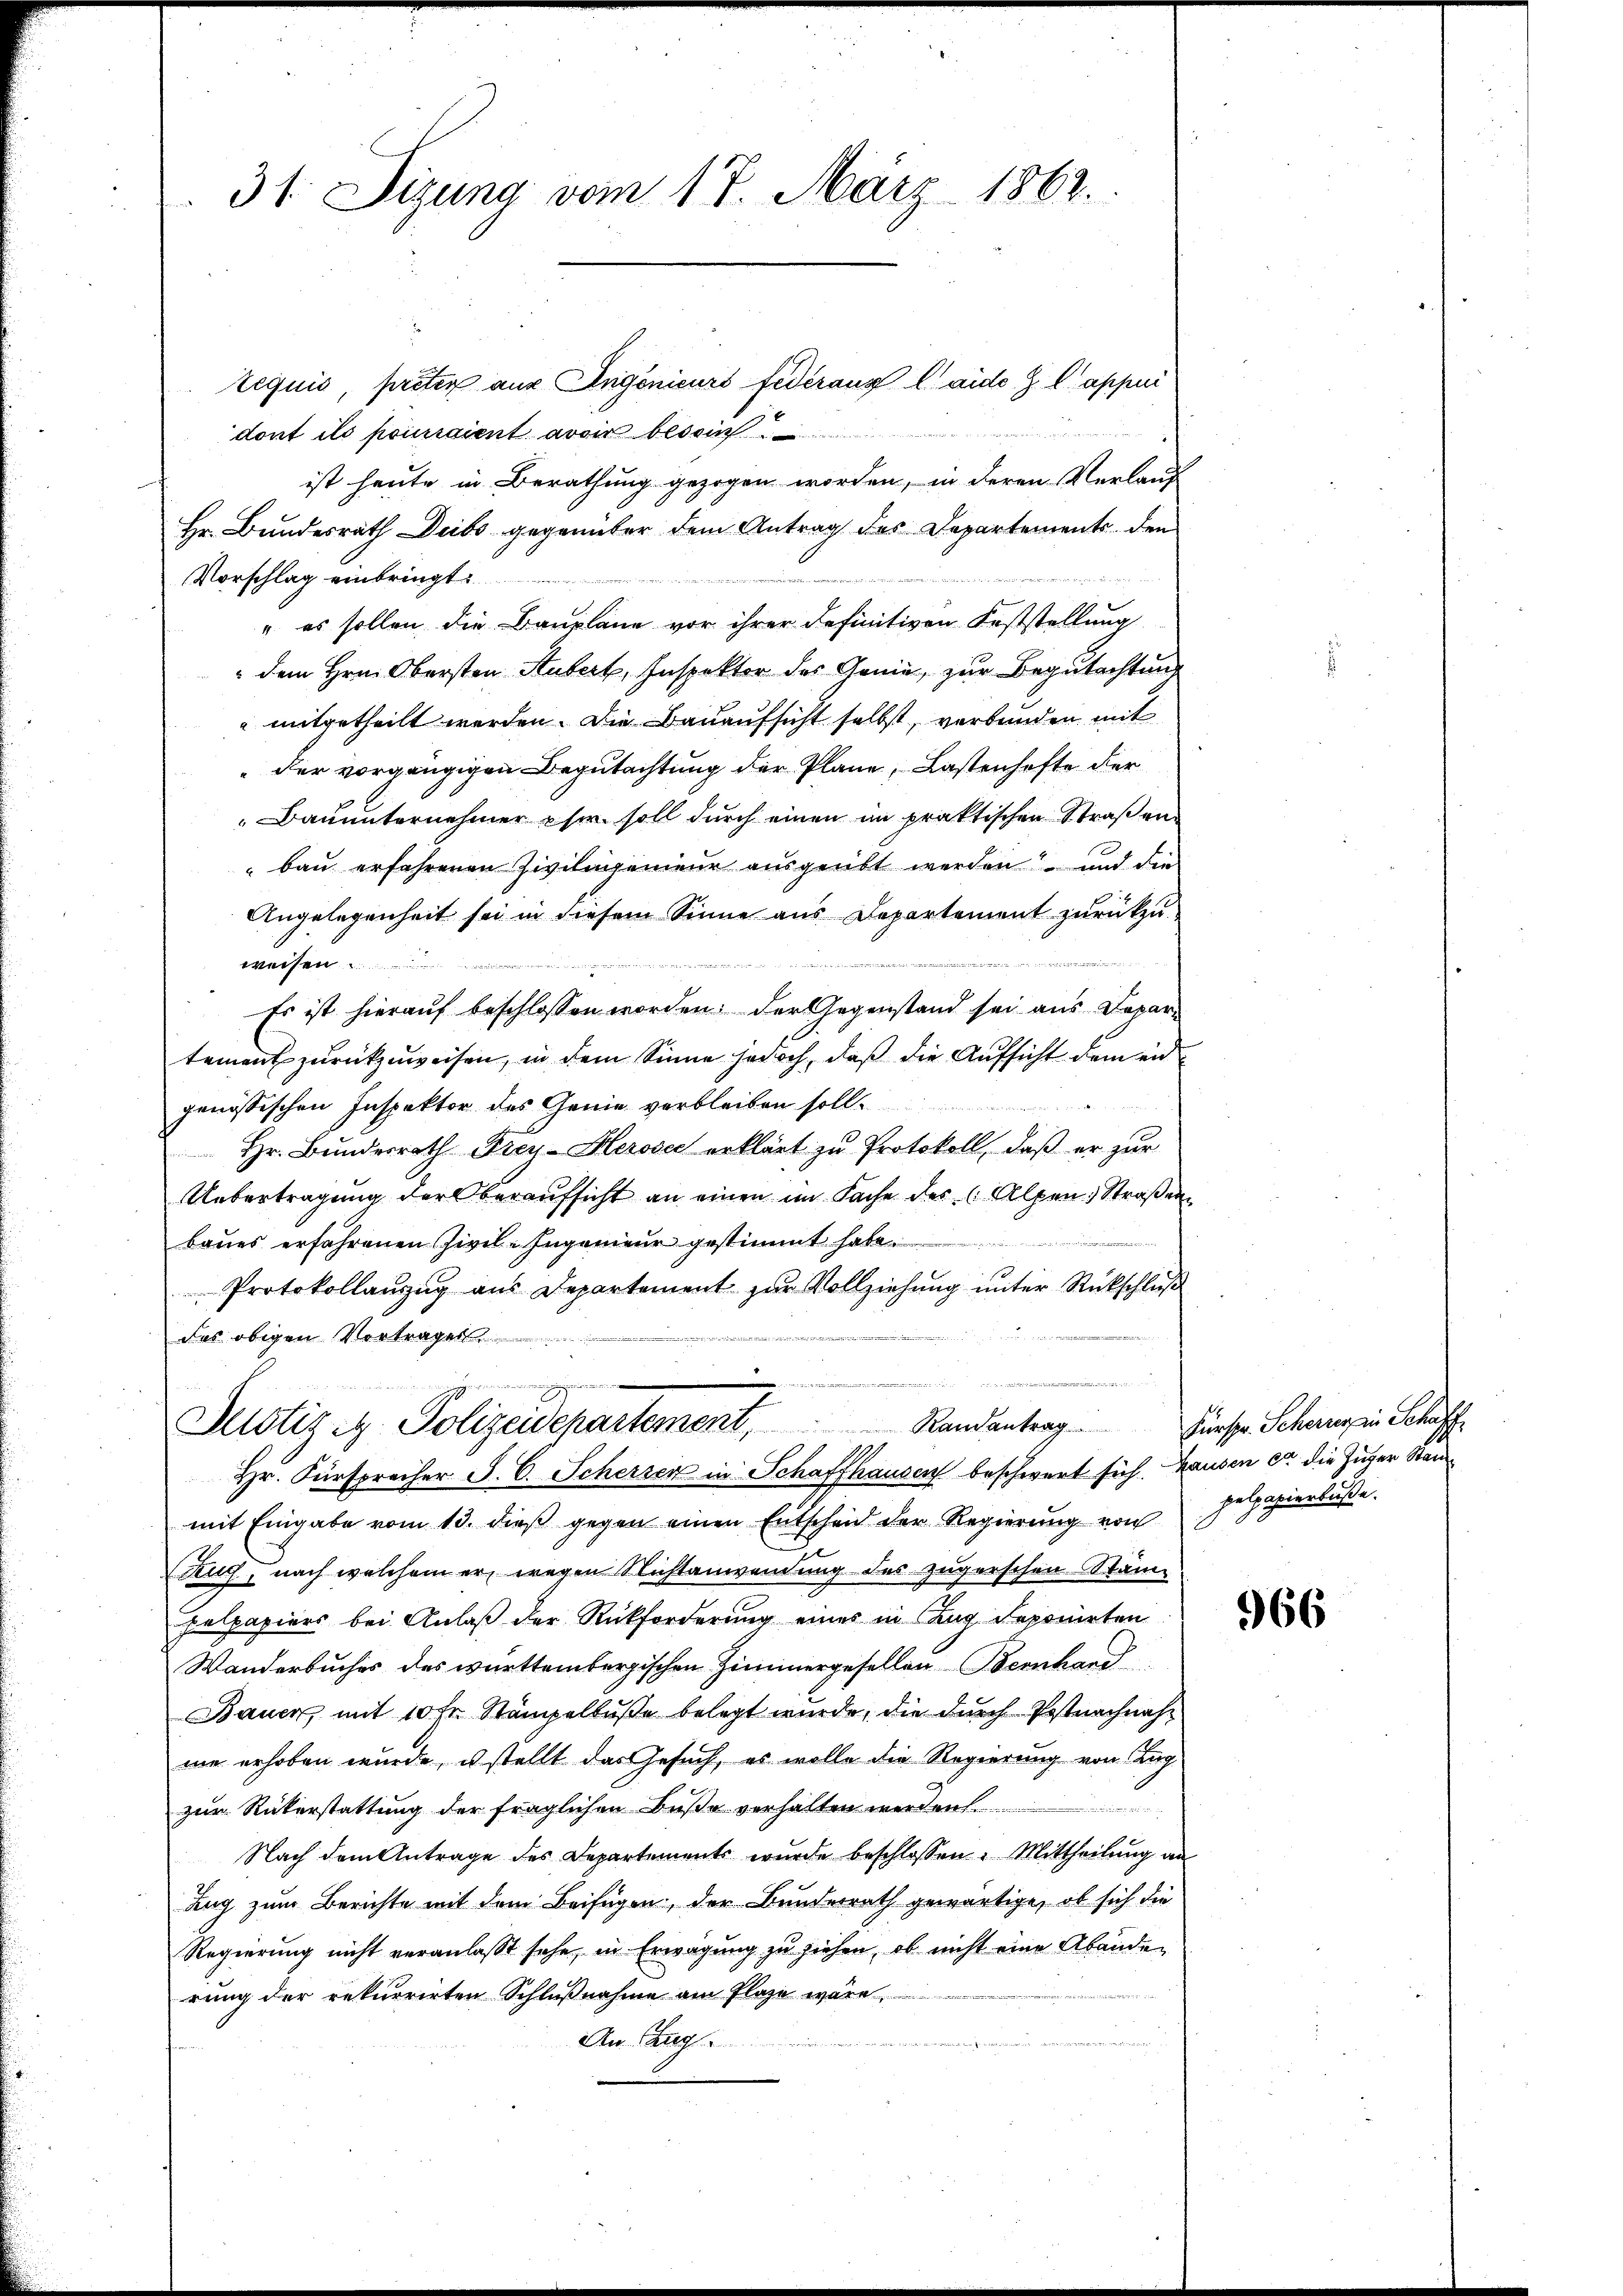
31. Sizung vom 18. März 1862.

tequis, preter aus Ingenieurs Federaus laide Z Cappui
dont ils pousaient avoir besoin
ist heute in Berathung gezogen worden, in deren Verlauf
Hr. Bundesrath Deibs gegenüber dem Antrag des Departements den

e
Vorschlag einbringt.
" es sollen die Baupläne vor ihrer definitiven Feststellung
" dem Hrn. Obersten Hubert, Inspektor des Genie, zur Begutachtung
" mitgetheilt werden. Die Bauaufsicht selbst, verbunden mit
"der vorgängigen Begutachtung der Plane, Lastenhafte der
Bauunternehmer eher soll durch einen im praktischen Straßenbau erfahrenen Zivilingenieur ausgeübt werden und die
Angelegenheit sei in diesem Sinne aus Departement zurückzu-
u
weisen u
Es ist hierauf beschlossen worden; der Gegenstand sei aus Departement zurückzuweisen, in dem Sinne jedoch, daß die Aufsicht dem eidgenössischen Inspektor des Genie verbleiben soll.

Hr. Bundesrath Fiey-Herosec erklärt zu Protokoll, daß er zur
Uebertragung der Oberaufsicht an einen im Sache des Alpen Straßen
baues erfahrenen Zivil-Ingenieur gestimmt habe.
Protokollanzug aus Departement zur Vollziehung unter Rückschließ
das obigen Vortrages

e
.
Justiz & Polizeidepartement, Randantrag. Fürspr. Schausein Schaff
Hr. Fürsprecher P. C. Scherzen in Schaffhausen beschwert sich. Hausen er die Zuger Stan

mit Eingabe vom 13. dieß gegen einen Entscheid der Regierŭng von Helpapierlaße.
Rug, nach welchem er, wegen Nichtanwendung des zugerschen Stäm-
pelpapiers bei Anlaß der Rückforderung eines in Zug deponirten
Wanderbuches des württembergischen Zimmergesellen Bernhard
Bauer mit 10 Fr. Stämpelbuße belegt wurde, die durch Postnachnahwie erhoben wurde, u stellt das Gesuch, es wolle die Regierung von Lag
zur Rükerstattung der fraglichen Buße verhalten werden.
Nach dem Antrage des Departements wurde beschlossen: Mittheilung an
Zug zum Berichte mit dem Beifügen, der Bundesrath gewärtige, ob sich die
Regierung nicht veranlaßt sehe, in Erwägung zu ziehen, ob nicht eine Abänden
rung der rekurrirten Schlußnahme am Plaze wäre,
An Tag.

966